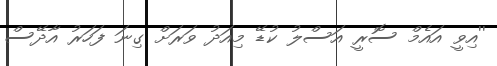
''އިވީ އައެމް ސޮރީ އަސްލު ކުޑޭ މިއަދު ވަރަށް ގިނަ ފަހަރު އާދޭސް